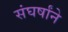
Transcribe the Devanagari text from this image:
संघर्षांने